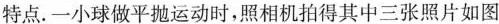
特点.一小球做平抛运动时，照相机拍得其中三张照片如图